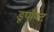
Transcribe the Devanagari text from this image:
डूपॉण्ट